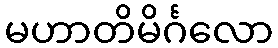
မဟာတိမိင်္ဂလော